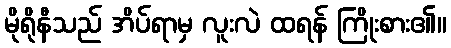
မိုရိုနီသည် အိပ်ရာမှ လူးလဲ ထရန် ကြိုးစား၏။